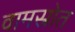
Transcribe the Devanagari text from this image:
वामस्रोत